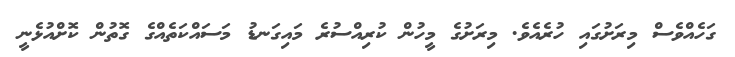
ގަހެއްވެސް މިރަށުގައި ހުރެއެވެ. މިރަށުގެ މީހުން ކުރިއްސުރެ މައިގަނޑު މަސައްކަތެއްގެ ގޮތުން ކޮށްއުޅެނީ